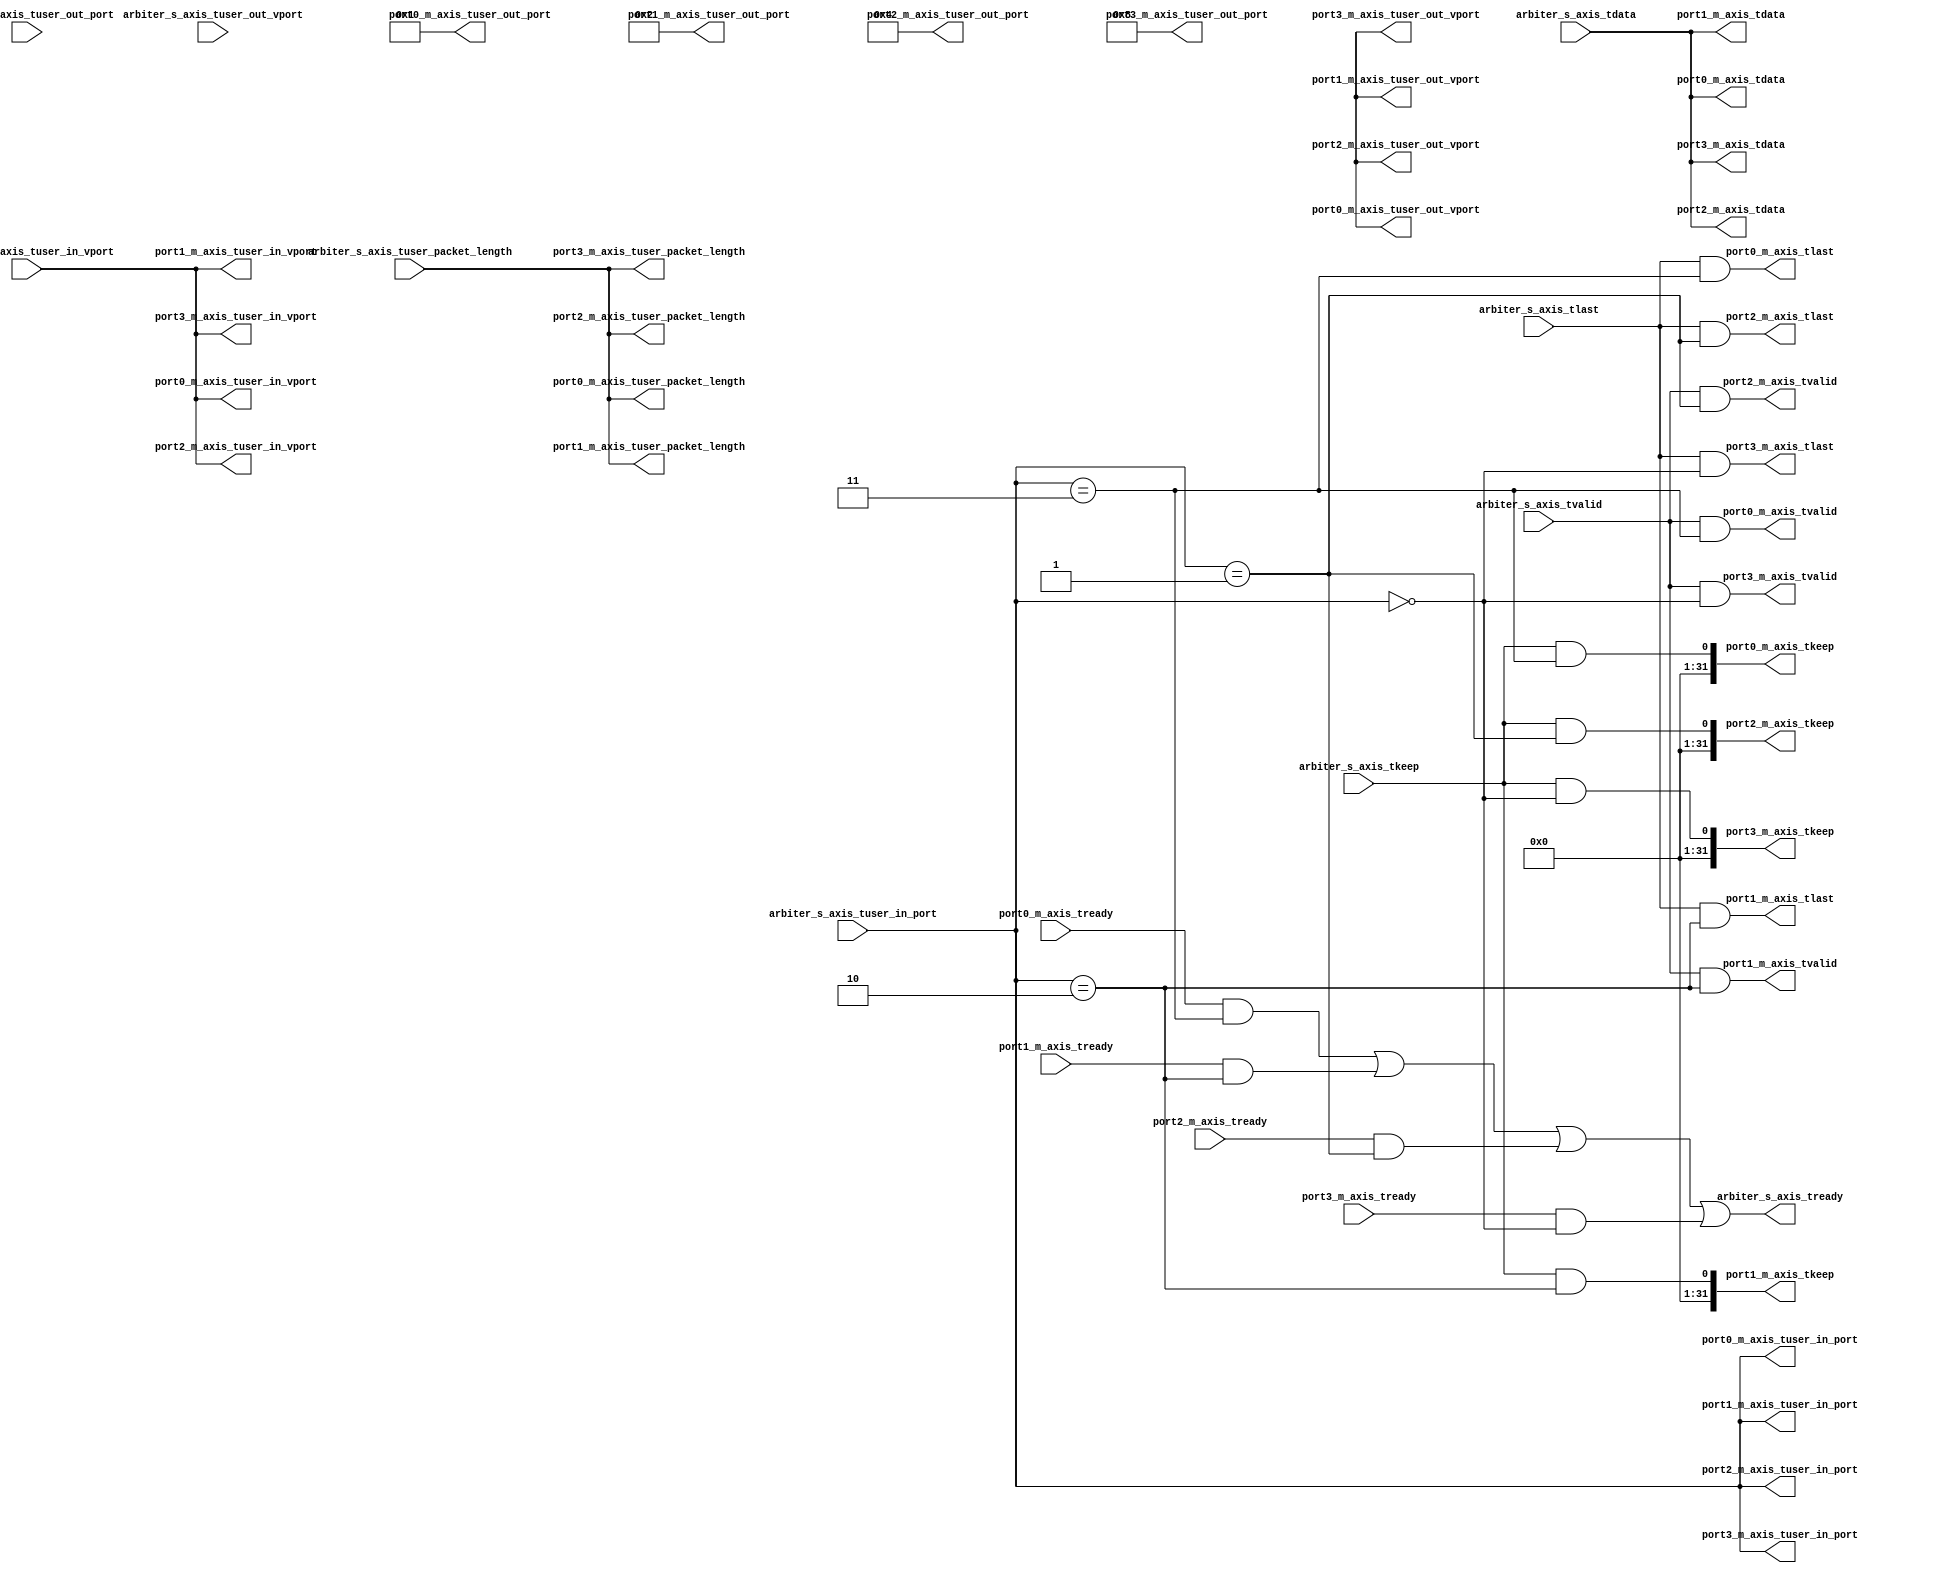
/*
 * UPB demultiplexerfortest
 *
 * Used for advanced loopback project: Connects Port 0 <-> 3 and 1 <-> 2
 *
 * Copyright (c) 2014, 2015 Thomas Lcke
 * tloecke@mail.uni-paderborn.de
 *
 * This file is part of the NetFPGA 10G UPB OpenFlow Switch project:
 *
 * Project Group "On-the-Fly Networking for Big Data"
 * SFB 901 "On-The-Fly Computing"
 *
 * University of Paderborn
 * Computer Engineering Group
 * Pohlweg 47 - 49
 * 33098 Paderborn
 * Germany
 *
 * 
 * This file is free code: you can redistribute it and/or modify it under
 * the terms of the GNU Lesser General Public License version 2.1 as
 * published by the Free Software Foundation.
 *
 * This file is distributed in the hope that it will be useful,
 * but WITHOUT ANY WARRANTY; without even the implied warranty of
 * MERCHANTABILITY or FITNESS FOR A PARTICULAR PURPOSE. See the
 * GNU Lesser General Public License for more details.
 *
 * You should have received a copy of the GNU Lesser General Public License
 * along with this project. If not, see <http://www.gnu.org/licenses/>.
 * 
 */

`default_nettype none

module demultiplexerfortest #( 
    parameter C_PORT_NUMBER = 0,
    parameter C_INPORT_WIDTH = 3,
    parameter C_OUTPORT_WIDTH = 8,
    parameter C_PACKET_LENGTH_WIDTH = 14,
    parameter C_AXIS_DATA_WIDTH = 256
)
(
    output wire [C_AXIS_DATA_WIDTH-1:0] port0_m_axis_tdata,
    output wire [(C_AXIS_DATA_WIDTH/8)-1:0] port0_m_axis_tkeep, 
    output wire [C_PACKET_LENGTH_WIDTH-1:0] port0_m_axis_tuser_packet_length,
    output wire [C_INPORT_WIDTH-1:0] port0_m_axis_tuser_in_port,
    output wire [C_OUTPORT_WIDTH-1:0] port0_m_axis_tuser_out_port,
    output wire [C_INPORT_WIDTH-1:0] port0_m_axis_tuser_in_vport,
    output wire [C_OUTPORT_WIDTH-1:0] port0_m_axis_tuser_out_vport,
    output wire port0_m_axis_tvalid,
    input  wire port0_m_axis_tready,
    output wire port0_m_axis_tlast,	 
	 
    output wire [C_AXIS_DATA_WIDTH-1:0] port1_m_axis_tdata,
    output wire [(C_AXIS_DATA_WIDTH/8)-1:0] port1_m_axis_tkeep, 
    output wire [C_PACKET_LENGTH_WIDTH-1:0] port1_m_axis_tuser_packet_length,
    output wire [C_INPORT_WIDTH-1:0] port1_m_axis_tuser_in_port,
    output wire [C_OUTPORT_WIDTH-1:0] port1_m_axis_tuser_out_port,
    output wire [C_INPORT_WIDTH-1:0] port1_m_axis_tuser_in_vport,
    output wire [C_OUTPORT_WIDTH-1:0] port1_m_axis_tuser_out_vport,
    output wire port1_m_axis_tvalid,
    input  wire port1_m_axis_tready,
    output wire port1_m_axis_tlast,	 
	 
    output wire [C_AXIS_DATA_WIDTH-1:0] port2_m_axis_tdata,
    output wire [(C_AXIS_DATA_WIDTH/8)-1:0] port2_m_axis_tkeep, 
    output wire [C_PACKET_LENGTH_WIDTH-1:0] port2_m_axis_tuser_packet_length,
    output wire [C_INPORT_WIDTH-1:0] port2_m_axis_tuser_in_port,
    output wire [C_OUTPORT_WIDTH-1:0] port2_m_axis_tuser_out_port,
    output wire [C_INPORT_WIDTH-1:0] port2_m_axis_tuser_in_vport,
    output wire [C_OUTPORT_WIDTH-1:0] port2_m_axis_tuser_out_vport,
    output wire port2_m_axis_tvalid,
    input  wire port2_m_axis_tready,
    output wire port2_m_axis_tlast,	 
	 
    output wire [C_AXIS_DATA_WIDTH-1:0] port3_m_axis_tdata,
    output wire [(C_AXIS_DATA_WIDTH/8)-1:0] port3_m_axis_tkeep, 
    output wire [C_PACKET_LENGTH_WIDTH-1:0] port3_m_axis_tuser_packet_length,
    output wire [C_INPORT_WIDTH-1:0] port3_m_axis_tuser_in_port,
    output wire [C_OUTPORT_WIDTH-1:0] port3_m_axis_tuser_out_port,
    output wire [C_INPORT_WIDTH-1:0] port3_m_axis_tuser_in_vport,
    output wire [C_OUTPORT_WIDTH-1:0] port3_m_axis_tuser_out_vport,
    output wire port3_m_axis_tvalid,
    input  wire port3_m_axis_tready,
    output wire port3_m_axis_tlast,
	 
	 
    input wire [C_AXIS_DATA_WIDTH-1:0] arbiter_s_axis_tdata,
    input wire [(C_AXIS_DATA_WIDTH/8)-1:0] arbiter_s_axis_tkeep,
    input wire [C_PACKET_LENGTH_WIDTH-1:0] arbiter_s_axis_tuser_packet_length,
    input wire [C_INPORT_WIDTH-1:0] arbiter_s_axis_tuser_in_port,
    input wire [C_OUTPORT_WIDTH-1:0] arbiter_s_axis_tuser_out_port,
    input wire [C_INPORT_WIDTH-1:0] arbiter_s_axis_tuser_in_vport,
    input wire [C_OUTPORT_WIDTH-1:0] arbiter_s_axis_tuser_out_vport,
    input wire arbiter_s_axis_tvalid,
    output wire arbiter_s_axis_tready,
    input wire arbiter_s_axis_tlast
    );

  assign port0_m_axis_tdata = arbiter_s_axis_tdata;
  assign port1_m_axis_tdata = arbiter_s_axis_tdata;
  assign port2_m_axis_tdata = arbiter_s_axis_tdata;
  assign port3_m_axis_tdata = arbiter_s_axis_tdata;
  
  assign port0_m_axis_tkeep = arbiter_s_axis_tkeep && (arbiter_s_axis_tuser_in_port == 4'b0011);
  assign port1_m_axis_tkeep = arbiter_s_axis_tkeep && (arbiter_s_axis_tuser_in_port == 4'b0010);
  assign port2_m_axis_tkeep = arbiter_s_axis_tkeep && (arbiter_s_axis_tuser_in_port == 4'b0001);
  assign port3_m_axis_tkeep = arbiter_s_axis_tkeep && (arbiter_s_axis_tuser_in_port == 4'b0000);
  
  assign port0_m_axis_tuser_packet_length = arbiter_s_axis_tuser_packet_length;
  assign port1_m_axis_tuser_packet_length = arbiter_s_axis_tuser_packet_length;
  assign port2_m_axis_tuser_packet_length = arbiter_s_axis_tuser_packet_length;
  assign port3_m_axis_tuser_packet_length = arbiter_s_axis_tuser_packet_length;
  
  assign port0_m_axis_tuser_in_port = arbiter_s_axis_tuser_in_port;
  assign port1_m_axis_tuser_in_port = arbiter_s_axis_tuser_in_port;
  assign port2_m_axis_tuser_in_port = arbiter_s_axis_tuser_in_port;
  assign port3_m_axis_tuser_in_port = arbiter_s_axis_tuser_in_port;
  
  assign port0_m_axis_tuser_out_port = 8'b00000001;
  assign port1_m_axis_tuser_out_port = 8'b00000010;
  assign port2_m_axis_tuser_out_port = 8'b00000100;
  assign port3_m_axis_tuser_out_port = 8'b00001000;
  
  assign port0_m_axis_tuser_in_vport = arbiter_s_axis_tuser_in_vport;
  assign port1_m_axis_tuser_in_vport = arbiter_s_axis_tuser_in_vport;
  assign port2_m_axis_tuser_in_vport = arbiter_s_axis_tuser_in_vport;
  assign port3_m_axis_tuser_in_vport = arbiter_s_axis_tuser_in_vport;
  
  assign port0_m_axis_tuser_out_vport = port3_m_axis_tuser_out_vport;
  assign port1_m_axis_tuser_out_vport = port3_m_axis_tuser_out_vport;
  assign port2_m_axis_tuser_out_vport = port3_m_axis_tuser_out_vport;
  assign port3_m_axis_tuser_out_vport = port3_m_axis_tuser_out_vport;
  
  assign port0_m_axis_tvalid = arbiter_s_axis_tvalid && (arbiter_s_axis_tuser_in_port == 4'b0011);
  assign port1_m_axis_tvalid = arbiter_s_axis_tvalid && (arbiter_s_axis_tuser_in_port == 4'b0010);
  assign port2_m_axis_tvalid = arbiter_s_axis_tvalid && (arbiter_s_axis_tuser_in_port == 4'b0001);
  assign port3_m_axis_tvalid = arbiter_s_axis_tvalid && (arbiter_s_axis_tuser_in_port == 4'b0000);
  
  assign arbiter_s_axis_tready = port0_m_axis_tready && (arbiter_s_axis_tuser_in_port == 4'b0011)
                              || port1_m_axis_tready && (arbiter_s_axis_tuser_in_port == 4'b0010)
                              || port2_m_axis_tready && (arbiter_s_axis_tuser_in_port == 4'b0001)
                              || port3_m_axis_tready && (arbiter_s_axis_tuser_in_port == 4'b0000);
  
  assign port0_m_axis_tlast = arbiter_s_axis_tlast && (arbiter_s_axis_tuser_in_port == 4'b0011);
  assign port1_m_axis_tlast = arbiter_s_axis_tlast && (arbiter_s_axis_tuser_in_port == 4'b0010);
  assign port2_m_axis_tlast = arbiter_s_axis_tlast && (arbiter_s_axis_tuser_in_port == 4'b0001);
  assign port3_m_axis_tlast = arbiter_s_axis_tlast && (arbiter_s_axis_tuser_in_port == 4'b0000);

endmodule